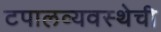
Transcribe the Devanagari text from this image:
टपालव्यवस्थेची